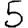
Digit: 5